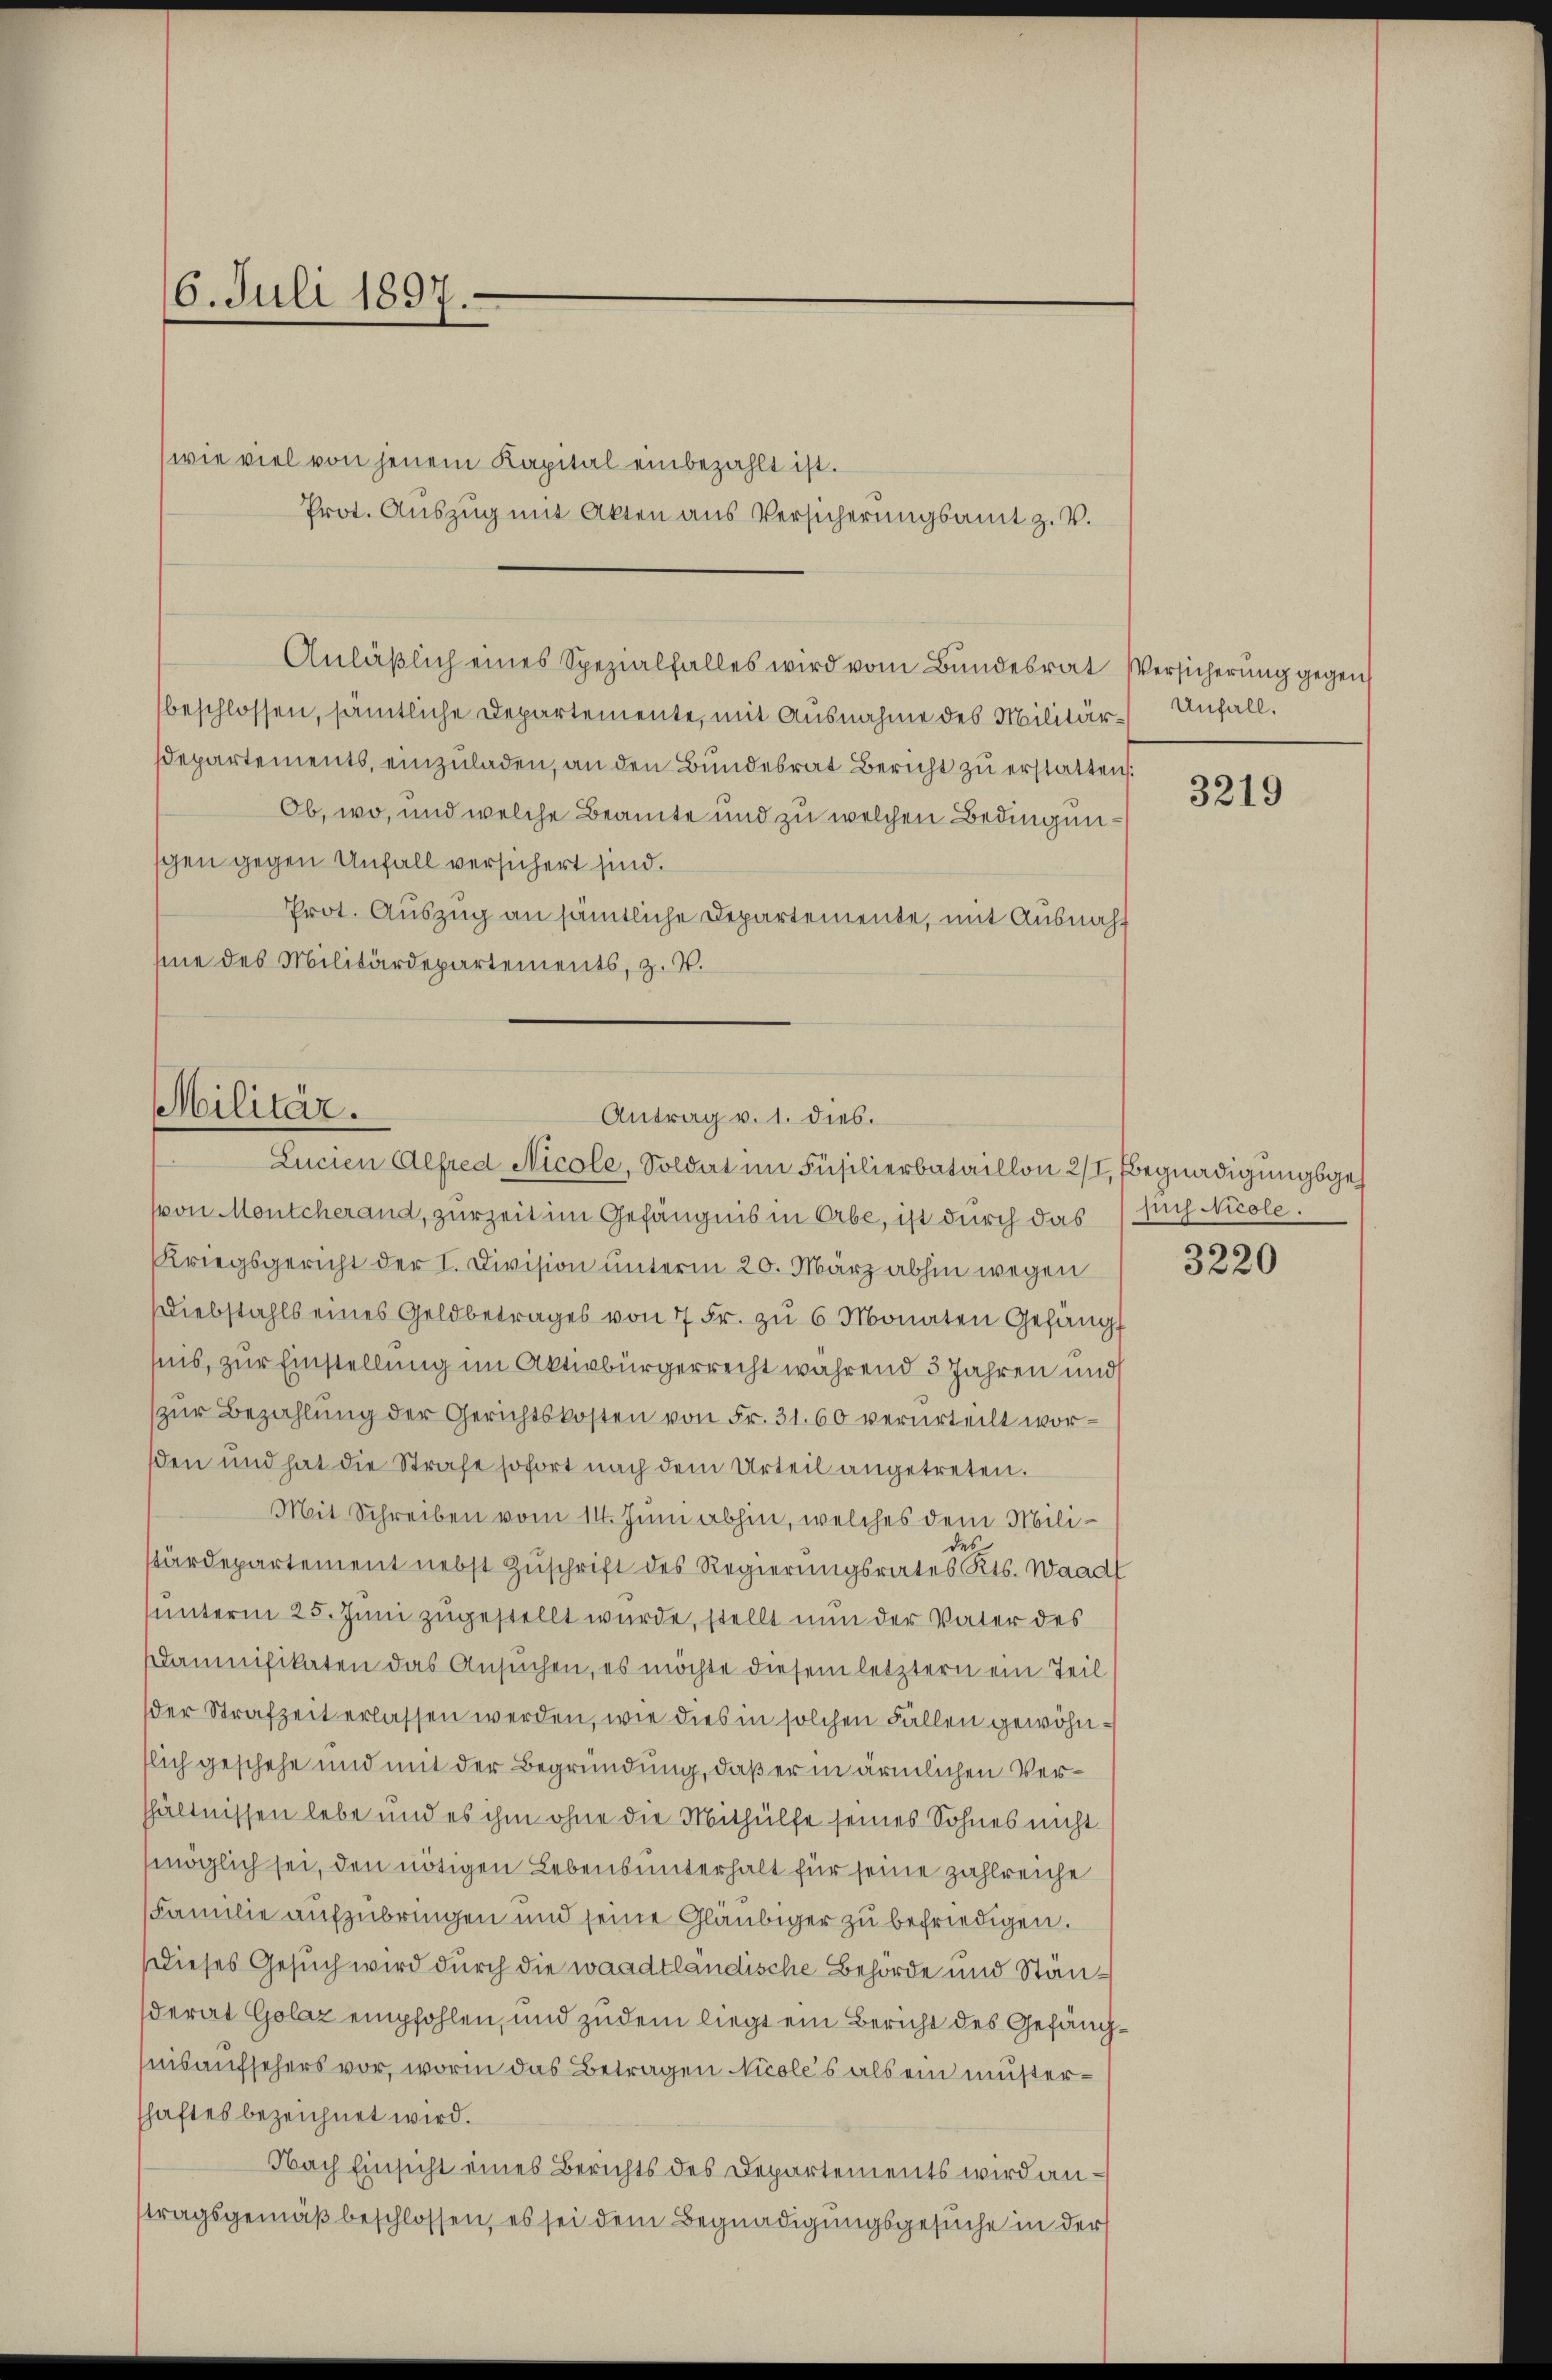
6. Juli 1897.

wie viel von jenem Kapital einbezahlt ist.
Prot. Auszug mit Akten aus Versicherungsamt z. V.
Anläßlich eines Spezialfalles wird vom Bundesrat Versicherung gegen
beschlossen, sämtliche Departemente, mit Ausnahme des Militär-Unfall.
Departements, einzuladen, an den Bundesrat Bericht zu erstatten.
Ob, wo, und welche Beamte und zu welchen Bedingungen gegen Unfall versichert sind.
Prot. Auszug an sämtliche Departemente, mit Ausnah
sine des Militärdepartements, z. V.

Militär.
Antrag v. 1. dies.
Lucien Alfred Nicole, Soldat im Füsilierbataillon 2/I, Begnadigungsge¬

von Montcherand, zur Zeit im Gefängnis in Erbe, ist durch das
Kriegsgericht der I. Division unterm 20. März abhin wegen
Diebstahls eines Geldbetrages von 7 Fr. zu 6 Monaten Gefängt
nis, zur Einstellung im Aktivbürgerrecht während 3 Jahren und
zur Bezahlung der Gerichtskosten von Fr. 31. 60 verurteilt worden und hat die Strafe sofort nach dem Urteil angetreten.
Mit Schreiben vom 14. Juni abhin, welches dem Milider
stärdepartement nebst Zuschrift des Regierungsrates Kts. Waadt
unterm 25. Juni zugestellt wurde, stellt nun der Vater des
daumifikaten das Ansuchen, es möchte diesem letztern ein Teil
der Strafzeit erlassen werden, wie dies in solchen Fällen gewöhntlich geschehe und mit der Begründung, daß er in ärmlichen Verhältnissen lebe und es ihm ohne die Mithülfe seines Sohnes nicht
möglich sei, den nötigen Lebensunterhalt für seine zahlreiche
Familie aufzubringen und seine Gläubiger zu befriedigen.
Dieses Gesuch wird durch die waadtländische Behörde und Ständerat Golaz empfohlen, und zudem liegt ein Bericht des Gefängnisaufsehers vor, worin das Betragen Nicoles als ein müsterhaftes bezeichnet wird.
Nach Einsicht eines Berichts des Departements wird anstragsgemäß beschlossen, es sei dem Begnadigungsgesuche in der

3219

such Nicole.

3220